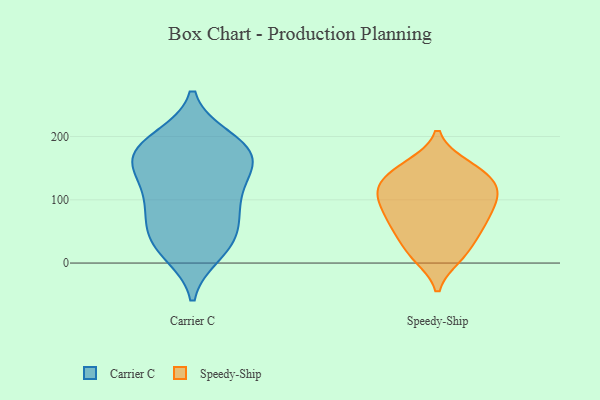
{"axis": {"x": "Net Income (USD K)", "y": "Value"}, "legend": ["Carrier C", "Speedy-Ship"], "data": [{"x": "", "y": 14, "type": "Carrier C"}, {"x": "", "y": 39, "type": "Carrier C"}, {"x": "", "y": 164, "type": "Carrier C"}, {"x": "", "y": 198, "type": "Carrier C"}, {"x": "", "y": 105, "type": "Carrier C"}, {"x": "", "y": 191, "type": "Carrier C"}, {"x": "", "y": 173, "type": "Carrier C"}, {"x": "", "y": 173, "type": "Carrier C"}, {"x": "", "y": 43, "type": "Carrier C"}, {"x": "", "y": 91, "type": "Carrier C"}, {"x": "", "y": 14, "type": "Carrier C"}, {"x": "", "y": 138, "type": "Carrier C"}, {"x": "", "y": 158, "type": "Carrier C"}, {"x": "", "y": 104, "type": "Carrier C"}, {"x": "", "y": 41, "type": "Carrier C"}, {"x": "", "y": 64, "type": "Carrier C"}, {"x": "", "y": 197, "type": "Carrier C"}, {"x": "", "y": 85, "type": "Carrier C"}, {"x": "", "y": 143, "type": "Carrier C"}, {"x": "", "y": 161, "type": "Carrier C"}, {"x": "", "y": 102, "type": "Speedy-Ship"}, {"x": "", "y": 117, "type": "Speedy-Ship"}, {"x": "", "y": 59, "type": "Speedy-Ship"}, {"x": "", "y": 55, "type": "Speedy-Ship"}, {"x": "", "y": 133, "type": "Speedy-Ship"}, {"x": "", "y": 108, "type": "Speedy-Ship"}, {"x": "", "y": 52, "type": "Speedy-Ship"}, {"x": "", "y": 16, "type": "Speedy-Ship"}, {"x": "", "y": 86, "type": "Speedy-Ship"}, {"x": "", "y": 10, "type": "Speedy-Ship"}, {"x": "", "y": 122, "type": "Speedy-Ship"}, {"x": "", "y": 14, "type": "Speedy-Ship"}, {"x": "", "y": 126, "type": "Speedy-Ship"}, {"x": "", "y": 150, "type": "Speedy-Ship"}, {"x": "", "y": 89, "type": "Speedy-Ship"}, {"x": "", "y": 149, "type": "Speedy-Ship"}, {"x": "", "y": 89, "type": "Speedy-Ship"}, {"x": "", "y": 55, "type": "Speedy-Ship"}, {"x": "", "y": 154, "type": "Speedy-Ship"}]}